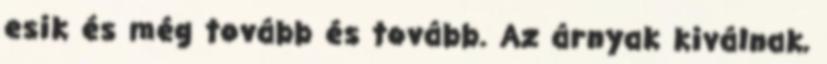
esik és még tovább és tovább. Az árnyak kiválnak,